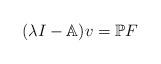
LaTeX: \begin{align*}(\lambda I - \mathbb{A}) v = \mathbb{P} F\end{align*}